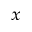
_ { x }